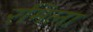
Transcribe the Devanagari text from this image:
रमिला